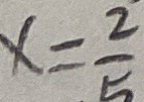
x = \frac { 2 } { 5 }